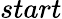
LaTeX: start